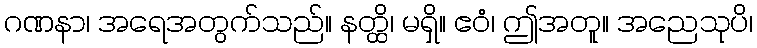
ဂဏနာ၊ အရေအတွက်သည်။ နတ္ထိ၊ မရှိ။ ဧဝံ၊ ဤအတူ။ အညေသုပိ၊